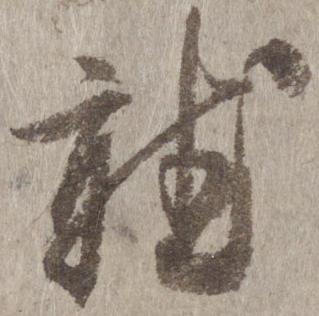
聴